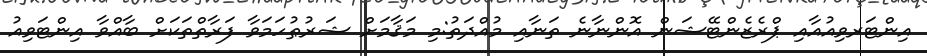
އިންޓަރވިއުއާއި ޕްރެޒެންޓޭޝަން އޮންނާނެ ތަނާއި މުއްދަތު:މި މަޤާމަށް ޝަރުޠުހަމަވާ ފަރާތްތަކަށް ބާއްވާ އިންޓަވިއު